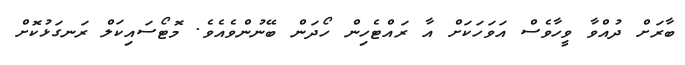
ބާރަށް ދުއްވާ ވީހާވެސް އަވަހަކަށް އާ ރައްޓެހިން ހޯދަން ބޭނުންވެއެވެ. މޮޓޯސައިކަލް ރަނގަޅުކޮށް